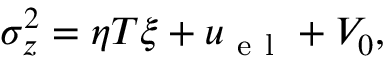
\sigma _ { z } ^ { 2 } = \eta T \xi + u _ { \mathrm { ~ e ~ l ~ } } + V _ { 0 } ,